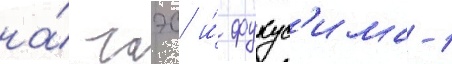
на́ чаэс и́ фукус'има-1